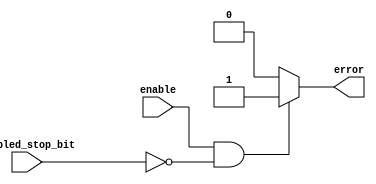
module stop_check
  ( input   wire  enable,
    input   wire  sampled_stop_bit,
    output  reg   error           );
    
    always @(*)
    begin
      if(enable && !sampled_stop_bit)
        error = 1'b1;
      else
        error = 1'b0;
    end
endmodule